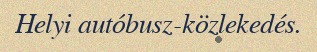
Helyi autóbusz-közlekedés.